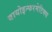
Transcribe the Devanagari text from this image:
बायोइन्फरमेटिक्स